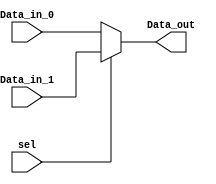
module mux2to1 (
    input [7:0] Data_in_0,
    input [7:0] Data_in_1,
    input sel,
    output [7:0] Data_out
    ); 
    reg [7:0] Data_out;

    always @(Data_in_0,Data_in_1,sel)
    begin
        if(sel == 0) 
            Data_out = Data_in_0; 
        else
            Data_out = Data_in_1;
    end
    
endmodule